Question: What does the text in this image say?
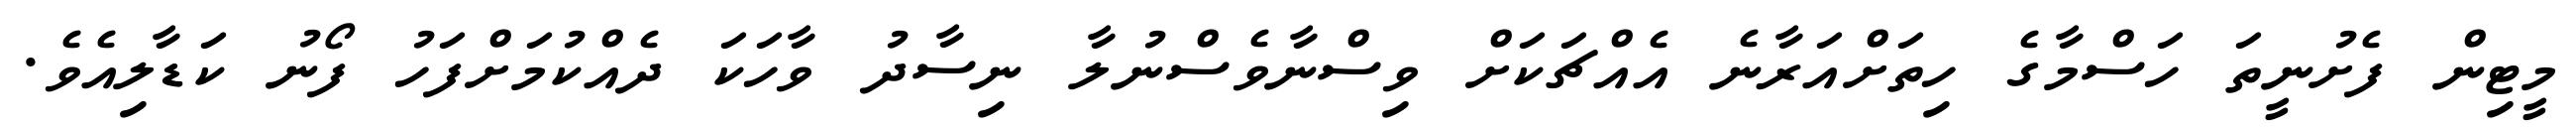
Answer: މީޓިން ފެށުނީތަ ހަސްމާގެ ހިތަށްއަރާނެ އެއްޗަކަށް ވިސްނާވެސްނުލާ ނިސާދު ވާހަކަ ދެއްކުމަށްފަހު ފޯނު ކަޑާލިއެވެ.